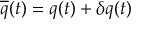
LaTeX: \overline { { { q } } } ( t ) = q ( t ) + \delta q ( t )